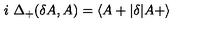
i \ \Delta _ { + } ( \delta A , A ) = \langle A + \vert \delta \vert A + \rangle